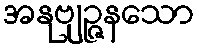
အနုဗျဉ္ဇနသော